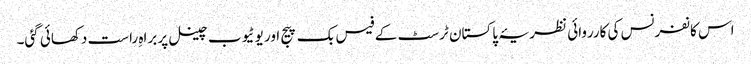
اس کانفرنس کی کارروائی نظریۂ پاکستان ٹرسٹ کے فیس بک پیج اور یوٹیوب چینل پر براہِ راست دکھائی گئی۔